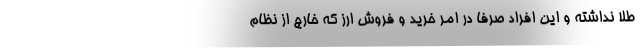
طلا نداشته و این افراد صرفا در امر خرید و فروش ارز که خارج از نظام